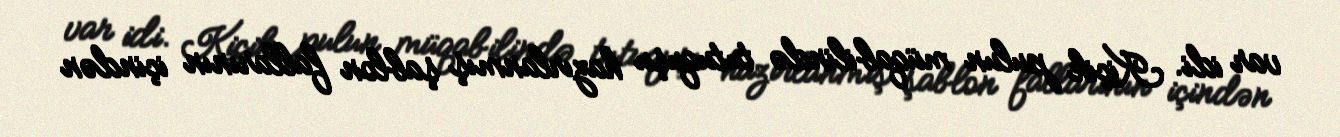
var idi. Kiçik pulun müqabilində tutuquşu hazırlanmış şablon fallarının içindən